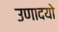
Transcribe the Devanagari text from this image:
उणादयो